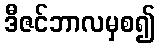
ဒီဇင်ဘာလမှစ၍